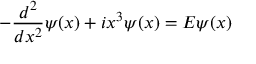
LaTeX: - \frac { d ^ { 2 } } { d x ^ { 2 } } \psi ( x ) + i x ^ { 3 } \psi ( x ) = E \psi ( x )